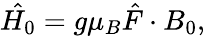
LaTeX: \hat{H_{0}}=g\mu_{B}\hat{F}\cdot B_{0},